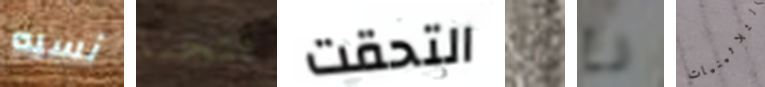
نسبه فتحنا التحقت تا رع الثلاثينيات